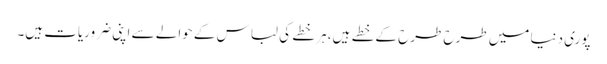
پوری دنیا میں طرح طرح کے خطے ہیں، ہر خطے کی لباس کے حوالے سے اپنی ضروریات ہیں۔